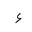
Letter: _hamza